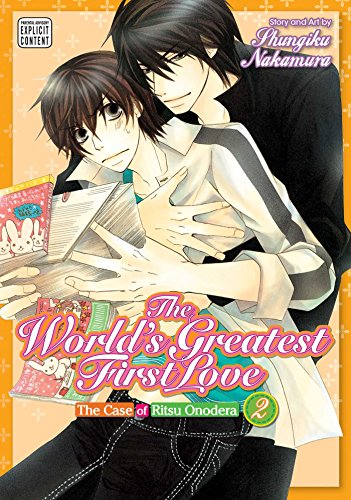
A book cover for The World's Greatest First Love, Vol. 2: The Case of Ritsu Onodera; Shungiku Nakamura; Comics & Graphic Novels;